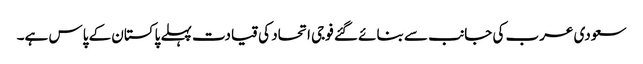
سعودی عرب کی جانب سے بنائے گئے فوجی اتحاد کی قیادت پہلے پاکستان کے پاس ہے۔